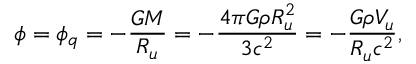
\phi = \phi _ { q } = - \frac { G M } { R _ { u } } = - \frac { 4 \pi G \rho R _ { u } ^ { 2 } } { 3 c ^ { 2 } } = - \frac { G \rho V _ { u } } { R _ { u } c ^ { 2 } } ,